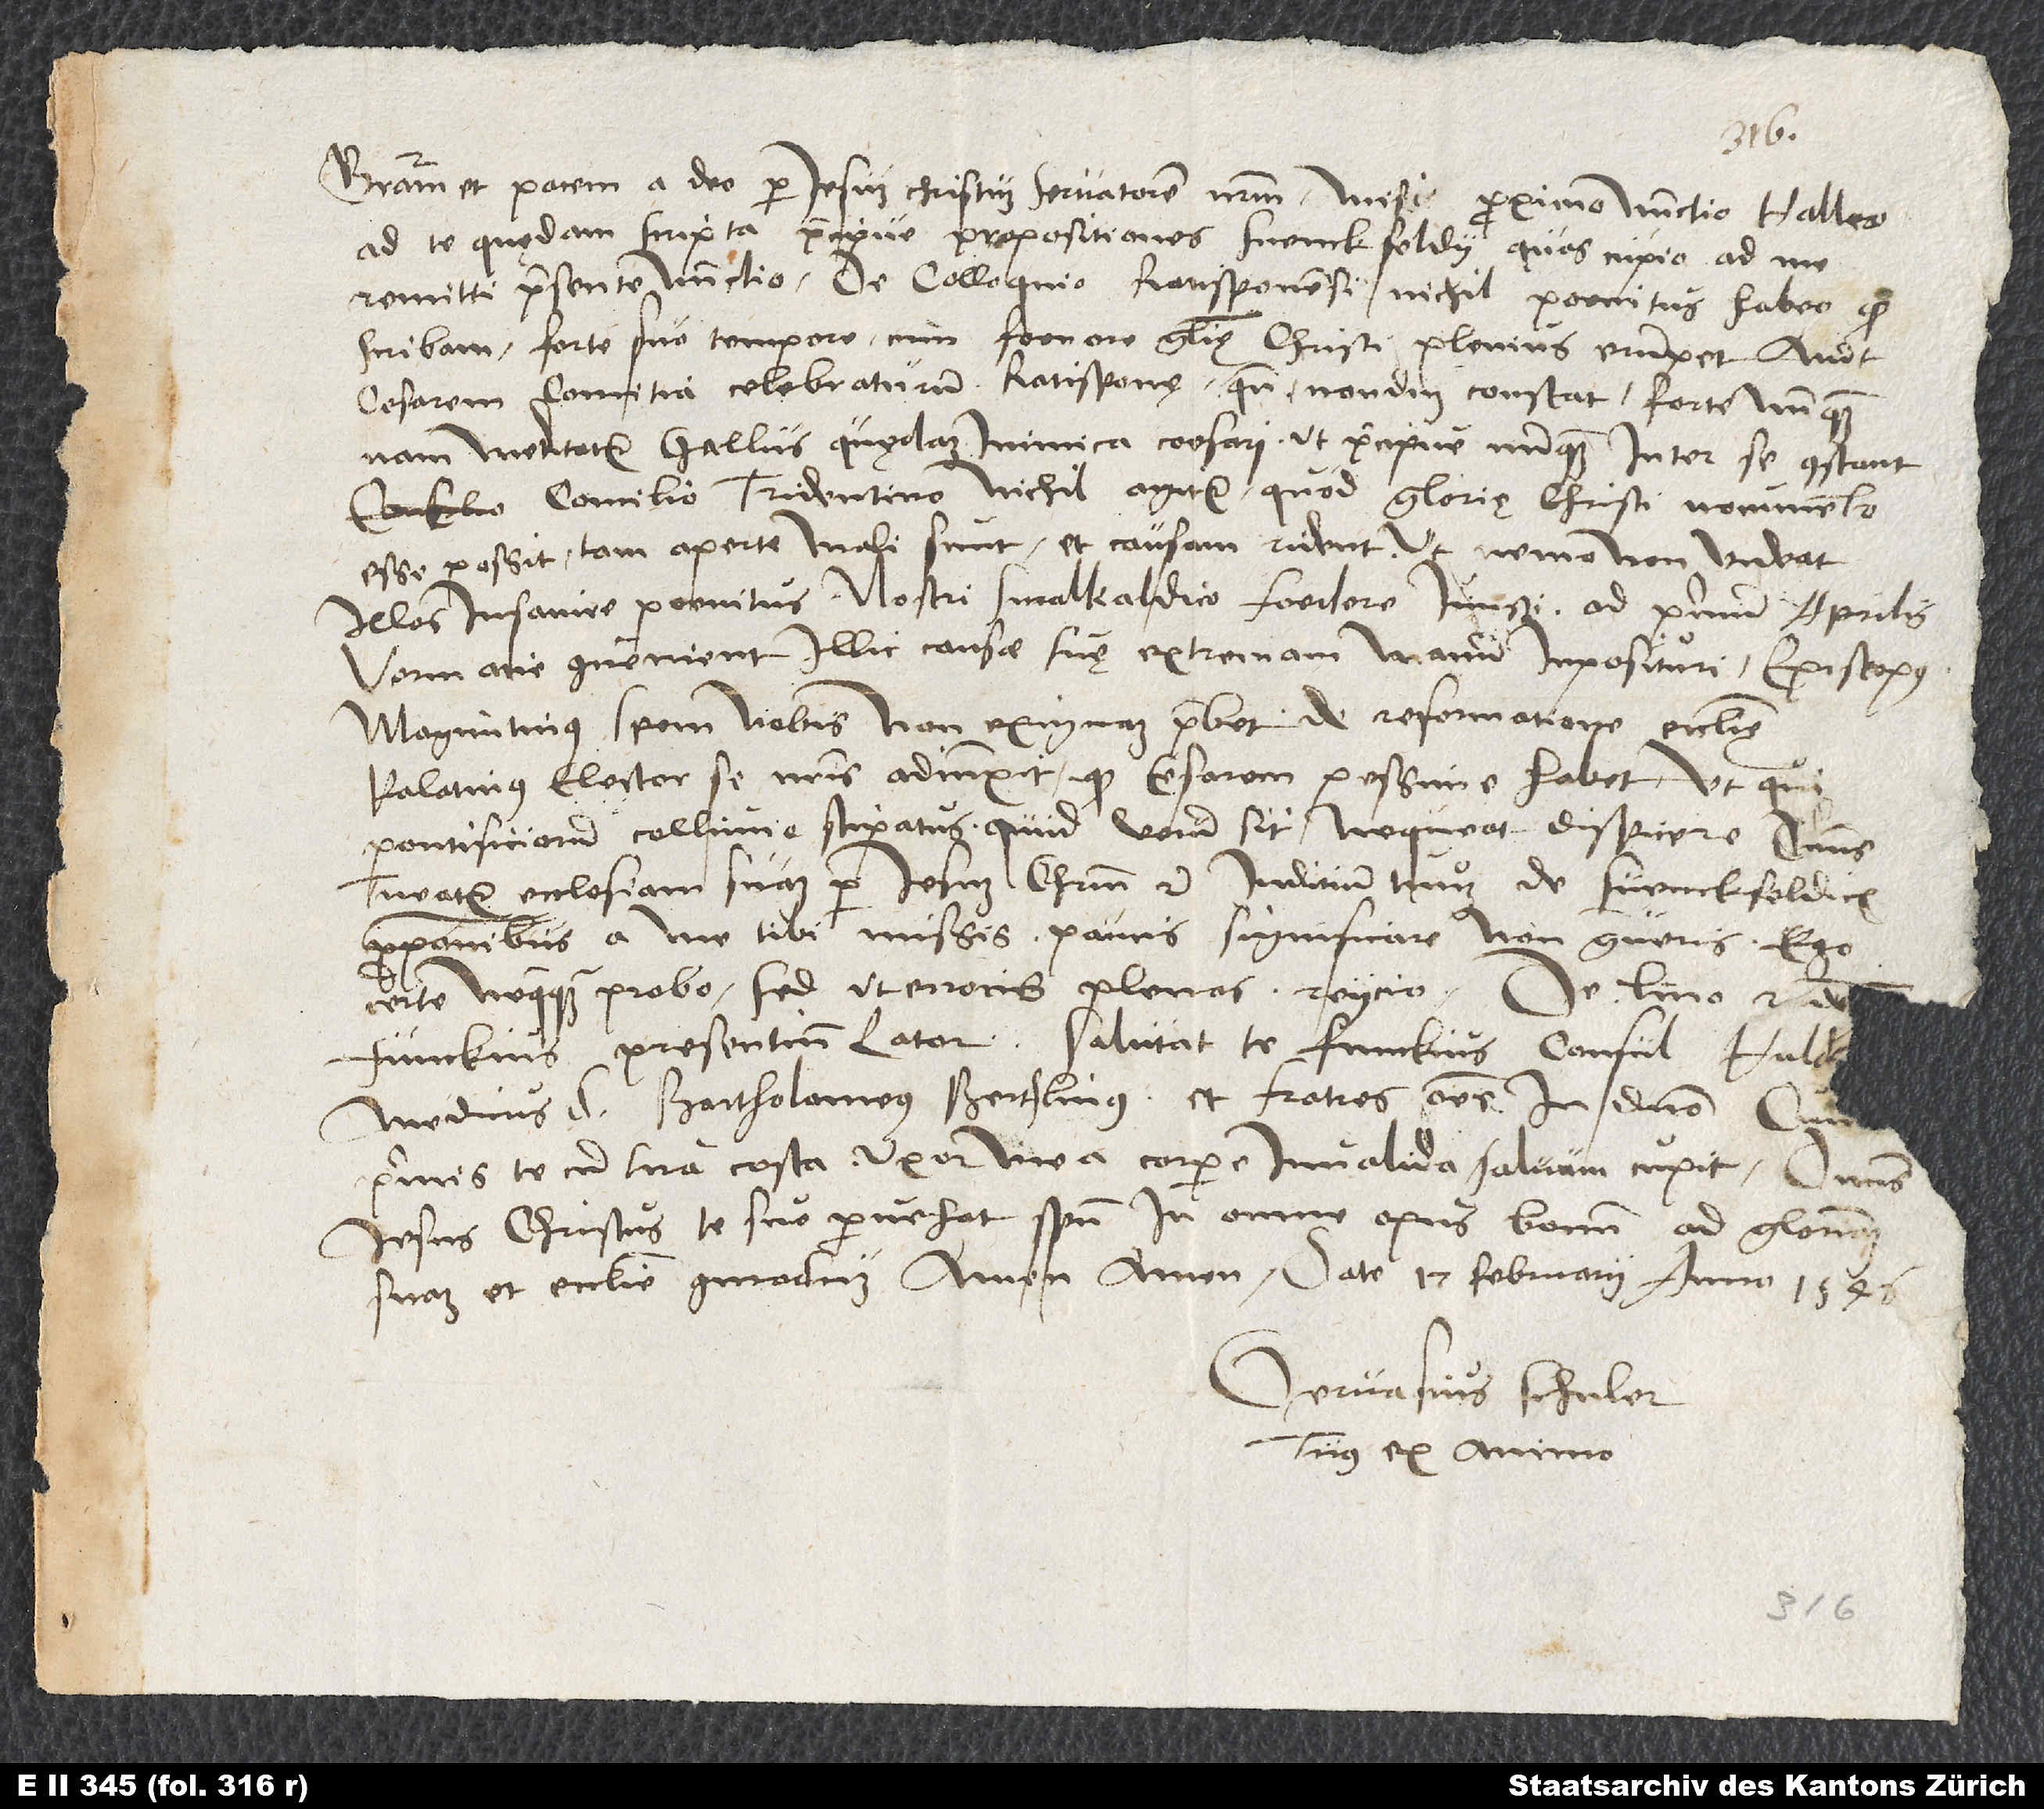
Gratiam et pacem a deo per Iesum Christum, servatorem nostrum. Misi proximo nunctio, Hallero,
ad te quędam scripta, praecipue propositiones Svenckfeldii, quas cupio ad me
remitti praesente nunctio. De colloquio Ratisbonensi nichil poenitus habeo, quod
scribam. Forte suo tempore cum faenore glorię Christi plenius erumpet. Aiunt
cesarem comitia celebraturum Ratisponę; quando, nondum constat, forte nunquam.
Nam meditatur Gallus quędam inimica caesari, ut praecipue nunquam inter se constant.
Concilio Tridentino nihil agitur, quod glorię Christi monumento
esse possit. Tam aperte mali sunt et causam rident, ut nemo non videat
illos insanire poenitus. Nostri Smalkaldico foedere iuncti ad primum aprilis
Vormatie convenient, illic causae suę extremam manum imposituri. Episcopus
Maguntinus spem nobis non exiguam praebet de reformatione ecclesię.
Palatinus elector se nostris adiunxit; quod cesarem pessime habet, ut qui,
pontificiorum colluvie stipatus, quid verum sit, nequeat dispicere. Dominus
tueatur ecclesiam suam per Iesum Christum, etc. Iuditium tuum de Svenckfeldicis
propositionibus a me tibi missis paucis significare non graveris. Ego
certe nequaquam probo, sed ut erroris plenas reiicio. De lino respon
medicus, d. Bartholomeus Berthlinus et fratres omnes in domino. Cum
primis te cum tua costa uxor mea corpore invalida salvum cupit. Dominus
Iesus Christus te suo provehat spiritu in omne opus bonum ad gloriam
suam et ecclesie commodum. Amen, amen. Date 17. februarii anno 1546.
Gervasius Schuler,
tuus ex animo.